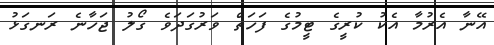
އޭނާ އެރުމާ އެކު ކުރީގެ ޓީމުގެ ފަހަތް ވަރުގަދަވެ ގޯލު ޖަހާނެ ރަނގަޅު